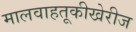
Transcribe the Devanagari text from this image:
मालवाहतूकीखेरीज